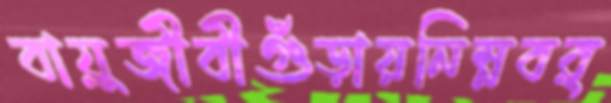
বায়ুজীবীগুঁড়ায়নিম্নবর্